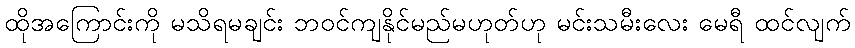
ထိုအကြောင်းကို မသိရမချင်း ဘဝင်ကျနိုင်မည်မဟုတ်ဟု မင်းသမီးလေး မေရီ ထင်လျက်